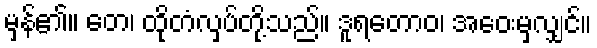
မှန်၏။ တေ၊ ထိုတံလှပ်တို့သည်။ ဒူရတောဝ၊ အဝေးမှလျှင်။